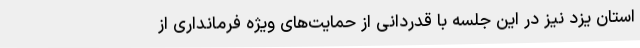
استان یزد نیز در این جلسه با قدردانی از حمایت‌های ویژه فرمانداری از